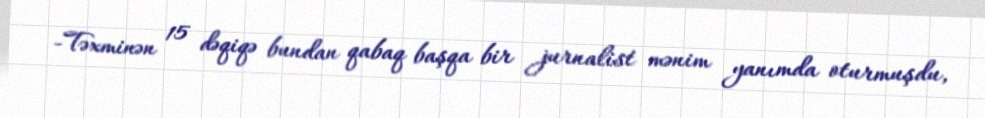
-Təxminən 15 dəqiqə bundan qabaq başqa bir jurnalist mənim yanımda oturmuşdu,